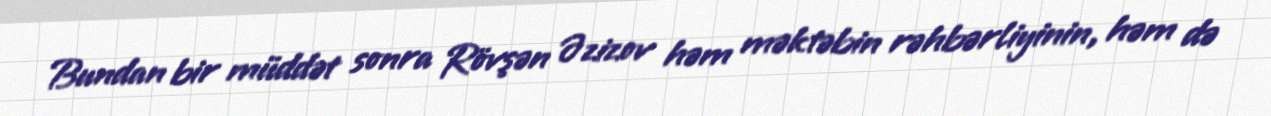
Bundan bir müddət sonra Rövşən Əzizov həm məktəbin rəhbərliyinin, həm də